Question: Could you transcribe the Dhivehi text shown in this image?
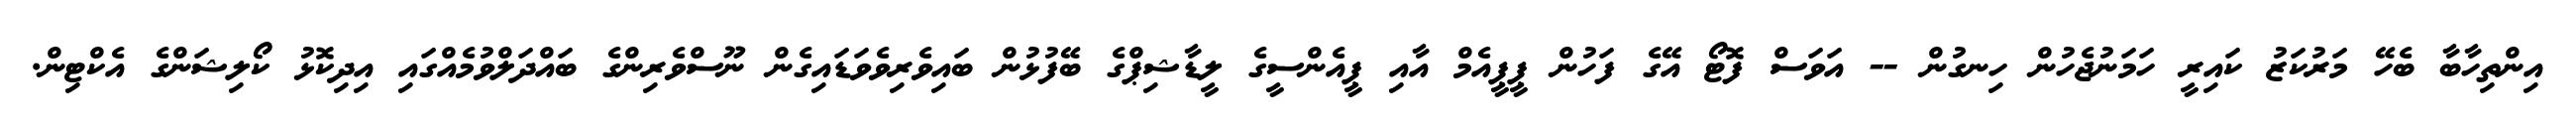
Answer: އިންތިހާބާ ބެހޭ މަރުކަޒު ކައިރީ ހަމަނުޖެހުން ހިނގުން -- އަވަސް ފޮޓޯ އޭގެ ފަހުން ޕީޕީއެމް އާއި ޕީއެންސީގެ ލީޑާޝިޕްގެ ބޭފުޅުން ބައިވެރިވެވަޑައިގެން ނޫސްވެރިންގެ ބައްދަލްވުމެއްގައި އިދިކޮޅު ކޯލިޝަންގެ އެކްޓިން.